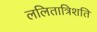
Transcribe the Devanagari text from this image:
ललितात्रिशति